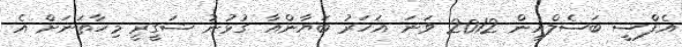
އެފްސީ ބަސެލްއިން 2012 ވަނަ އަހަރު ބަޔާންއާ ގުޅުނު ޝަގީރީ މިހާތަނަށް އެ